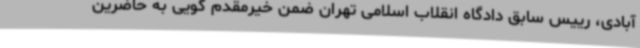
آبادی، رییس سابق دادگاه انقلاب اسلامی تهران ضمن خیرمقدم گویی به حاضرین